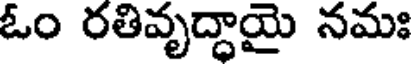
ఓం రతివృద్ధాయై నమః